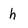
Character: h